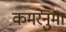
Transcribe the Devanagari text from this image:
कमरेनुमा